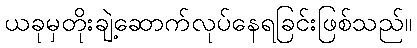
ယခုမှတိုးချဲ့ဆောက်လုပ်နေရခြင်းဖြစ်သည်။